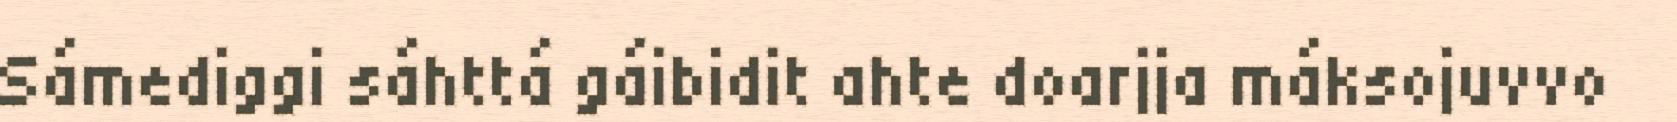
Sámediggi sáhttá gáibidit ahte doarjja máksojuvvo